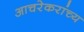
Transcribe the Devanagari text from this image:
आचरेकरांच्य